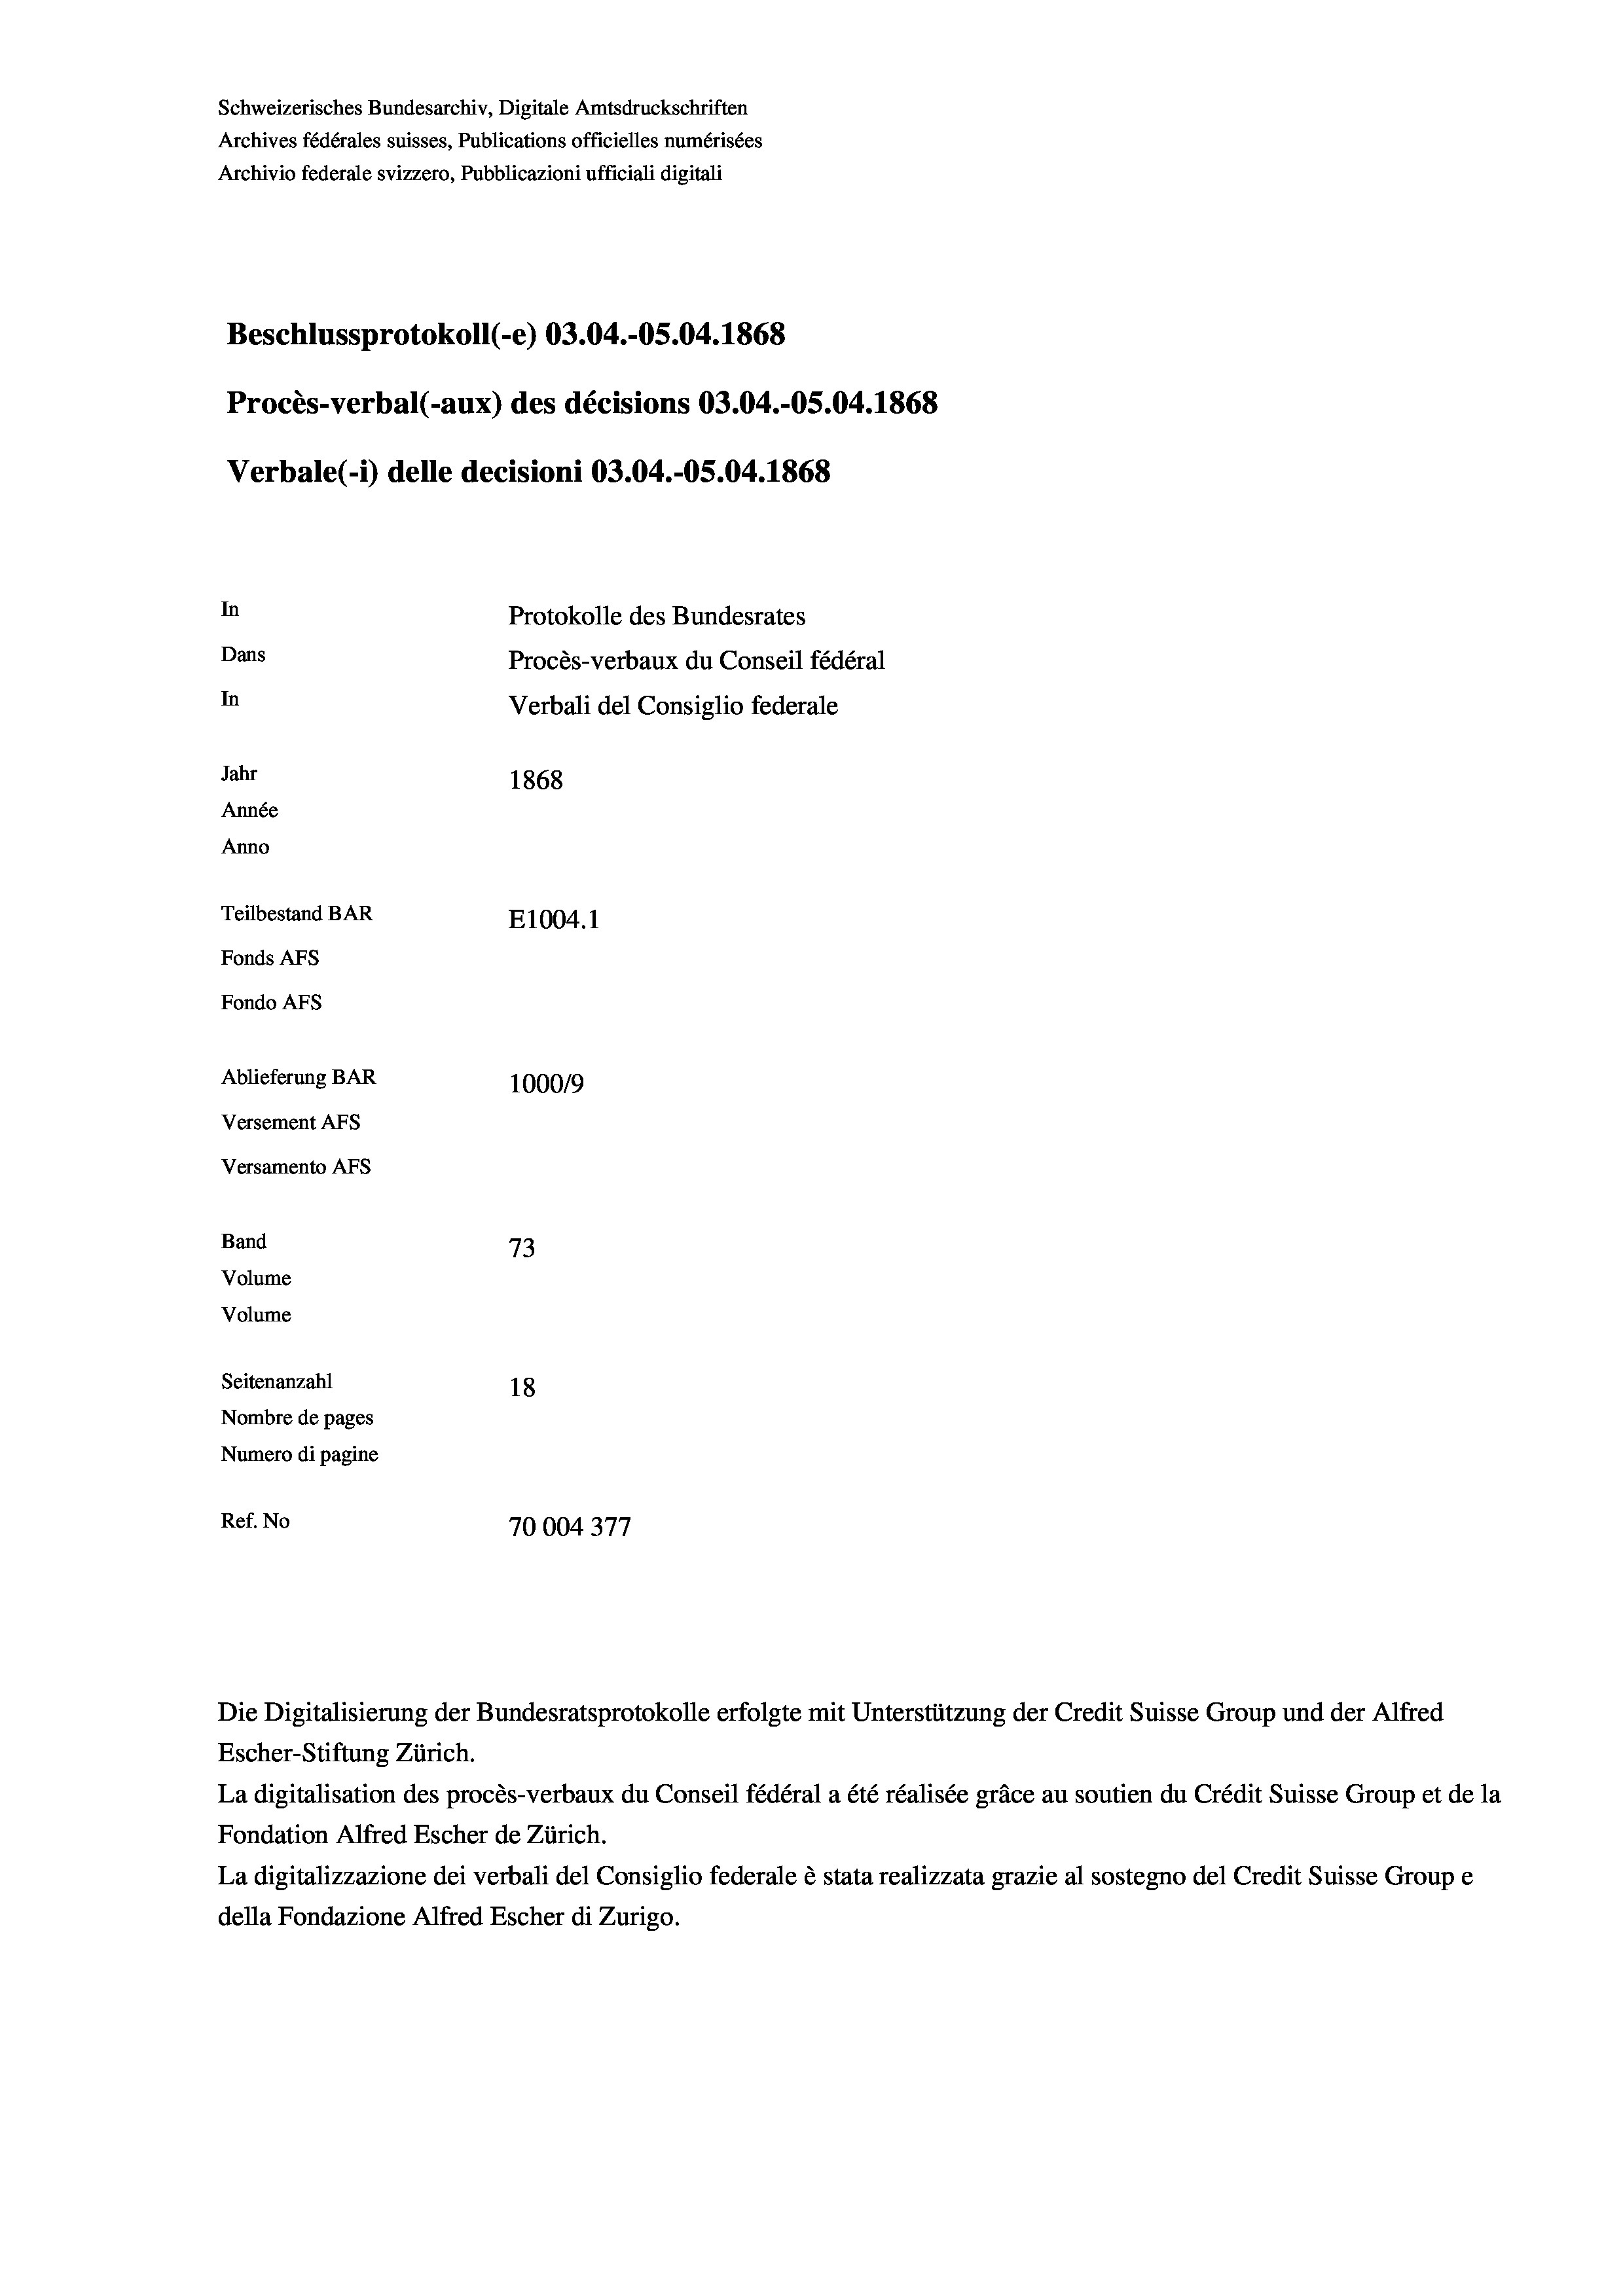
Schweizerisches Bundesarchiv, Digitale Amtsdruckschriften
Archives fédérales suisses, Publications officielles numérisées
Archivio federale svizzero, Pubblicazioni ufficiali digitali
Beschlussprotokoll (-e) 03.04.-OS.04. 1868
Procès-verbal (-aux) des décisions 03.04.-OS.04. 1868
Verbale(-*) delle decisioni 03.04.-OS.04. 1868
In
Protokolle des Bundesrates
Dans
Procès-verbaux du Conseil fédéral
In
Verbali del Consiglio federale
Jahr
1868
Année
Anno
Teilbestand BAR
E1004. 1
Fonds AFs
Fondo AFS
Ablieferung BAR
100019
Versement AFs
Versamento AFs
Band
73
Volume
Volume

Escher-Stiftung Zürich.
La digitalisation des procès-verbaux du Conseil fédéral a été réalisée gräce au soutien du Crédit Suisse Group et de la
Fondation Alfred Escher de Zürich.
La digitalizzazione dei verbali del Consiglio federale è stata realizzata grazie al sostegno del Credit Suisse Groupe
della Fondazione Alfred Escher di Zurigo.

Seitenanzahl
18
Nombre de pages
Numero di pagine
Ref. No
70004377

Die Digitalisierung der Bundesratsprotokolle erfolgte mit Unterstützung der Credit Suisse Group und der Alfred